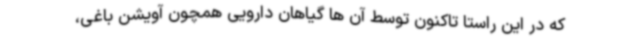
که در این راستا تاکنون توسط آن ها گیاهان دارویی همچون آویشن باغی،